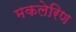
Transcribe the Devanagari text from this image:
मकलेरिण